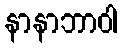
နာနာဘာဝါ